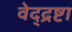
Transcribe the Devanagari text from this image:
वेद्द्रष्टा